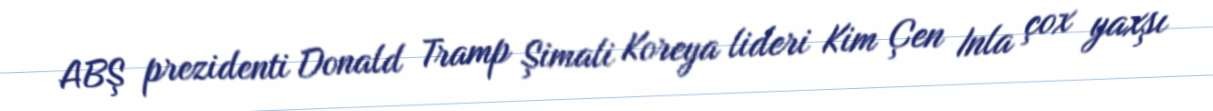
ABŞ prezidenti Donald Tramp Şimali Koreya lideri Kim Çen Inla çox yaxşı